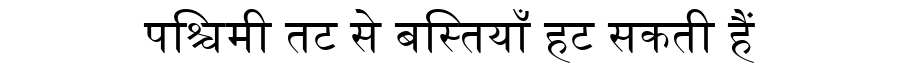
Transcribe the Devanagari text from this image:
पश्चिमी तट से बस्तियाँ हट सकती हैं